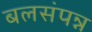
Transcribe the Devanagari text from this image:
बलसंपन्न